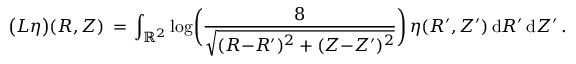
\bigl ( L \eta \bigr ) ( R , Z ) \, = \, \int _ { \mathbb { R } ^ { 2 } } \log \biggl ( \frac { 8 } { \sqrt { ( R { - } R ^ { \prime } ) ^ { 2 } + ( Z { - } Z ^ { \prime } ) ^ { 2 } } } \biggr ) \, \eta ( R ^ { \prime } , Z ^ { \prime } ) \, \mathrm { d } R ^ { \prime } \, \mathrm { d } Z ^ { \prime } \, .